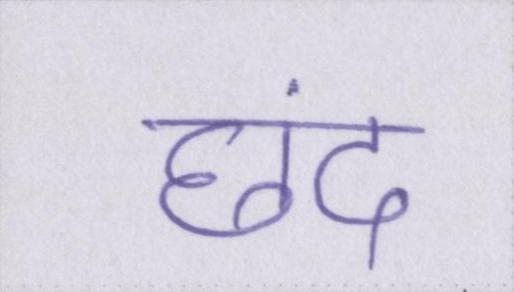
छंद